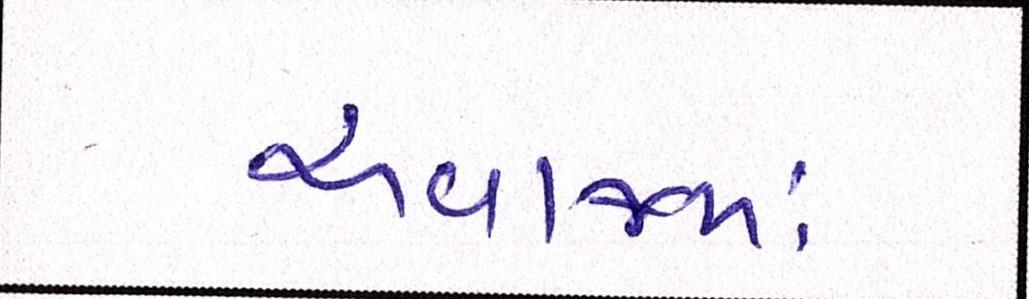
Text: અવાજમાં